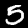
Label: 5